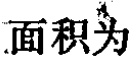
面积为